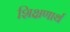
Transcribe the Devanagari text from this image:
शिक्षणार्थ